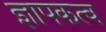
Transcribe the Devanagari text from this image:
ज्ञापकत्व